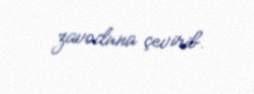
zavoduna çevirib.